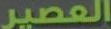
العصير